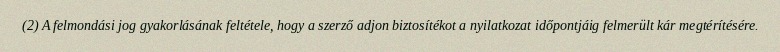
(2) A felmondási jog gyakorlásának feltétele, hogy a szerző adjon biztosítékot a nyilatkozat időpontjáig felmerült kár megtérítésére.